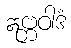
ဣဗ္ဘဝါဒံ